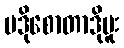
ပဒိုစောတာဒိုမူး